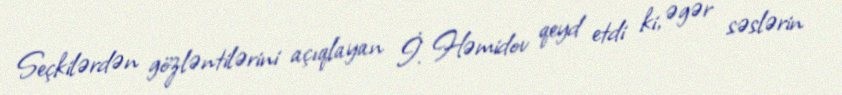
Seçkilərdən gözləntilərini açıqlayan İ. Həmidov qeyd etdi ki, əgər səslərin